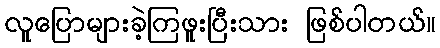
လူပြောများခဲ့ကြဖူးပြီးသား ဖြစ်ပါတယ်။